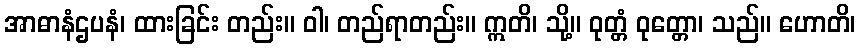
အာဓာနံဌပနံ၊ ထားခြင်း တည်း။ ဝါ၊ တည်ရာတည်း။ ဣတိ၊ သို့။ ဝုတ္တံ ဝုတ္တော၊ သည်။ ဟောတိ၊